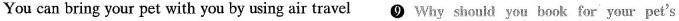
You can bring your pet with you by using air travel ❾ Why shouid you book for your pet's